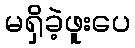
မရှိခဲ့ဖူးပေ